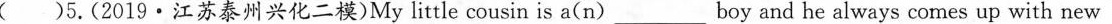
( )5.(2019·江苏泰州兴化二模)My little cousin is a(n) ___ boy and he always comes up with new